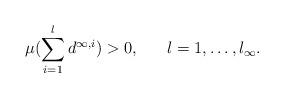
LaTeX: \begin{align*}\mu (\sum_{i=1}^{l} d^{\infty,i}) >0, \;\;\;\;\;\; l=1, \dots, l_{\infty}.\end{align*}